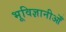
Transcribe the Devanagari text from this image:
भूविज्ञानीओँ